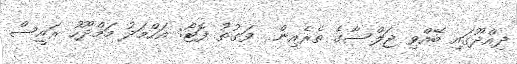
ދިއްދޫގައި ބޭއްވި ޖަލްސާގެ ތެރެއިން  ވަގުތު ފޮޓޯ: އަހްމަދު މަމްދޫހު ރައީސް